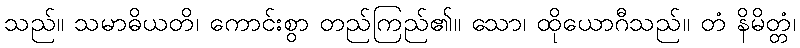
သည်။ သမာဓိယတိ၊ ကောင်းစွာ တည်ကြည်၏။ သော၊ ထိုယောဂီသည်။ တံ နိမိတ္တံ၊